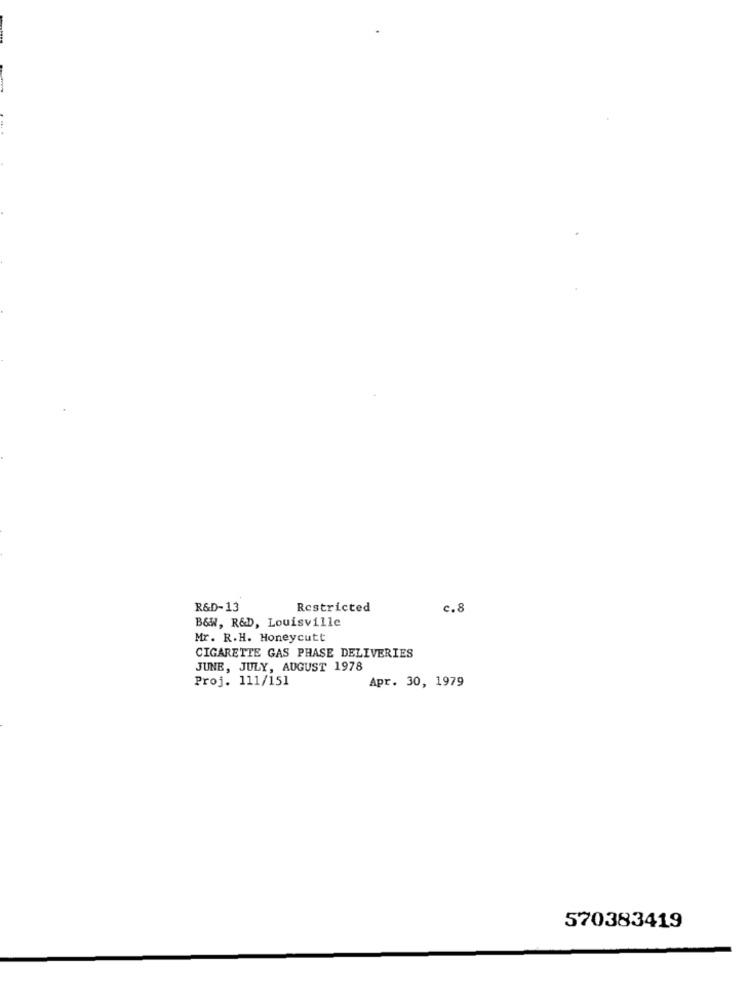
R&D-13
Restricted
c.8
B&W, R&D, Louisville
Mr. R.H. Honeycutt
CIGARETTE GAS PHASE DELIVERIES
JUNE, JULY, AUGUST 1978
Proj. 111/151
Apr. 30, 1979
570383419